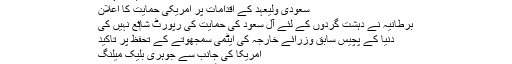
Sep ۱۳, ۲۰۱۷ ۱۶:۴۶ UTC
سعودی ولیعہد کے اقدامات پر امریکی حمایت کا اعلان
برطانیہ نے دہشت گردوں کے لئے آل سعود کی حمایت کی رپورٹ شا‏ئع نہیں کی
دنیا کے پچیس سابق وزرائے خارجہ کی ایٹمی سمجھوتے کے تحفظ پر تاکید
امریکا کی جانب سے جوہری بلیک میلنگ
امریکی قونصلیٹ کے سامنے احتجاجی مظاہرہ